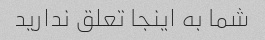
شما به اینجا تعلق ندارید